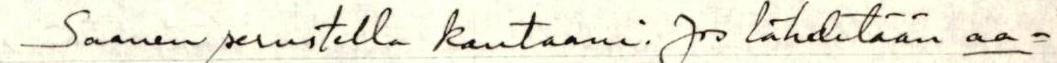
Saanen perustella kantaani. Jos lähdetään aa-